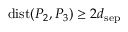
\mathrm { d i s t } ( P _ { 2 } , P _ { 3 } ) \geq 2 d _ { \mathrm { s e p } }